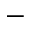
-